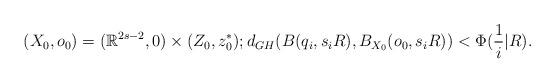
LaTeX: \begin{align*}(X_0, o_0) = (\mathbb{R}^{2s-2}, 0)\times (Z_0, z_0^*); d_{GH}(B(q_i, s_iR), B_{X_0}(o_0, s_iR))<\Phi(\frac{1}{i}|R).\end{align*}